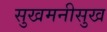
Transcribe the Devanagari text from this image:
सुखमनीसुख